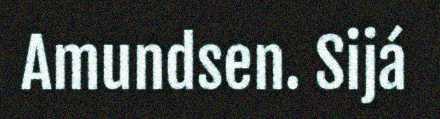
Amundsen. Sijá